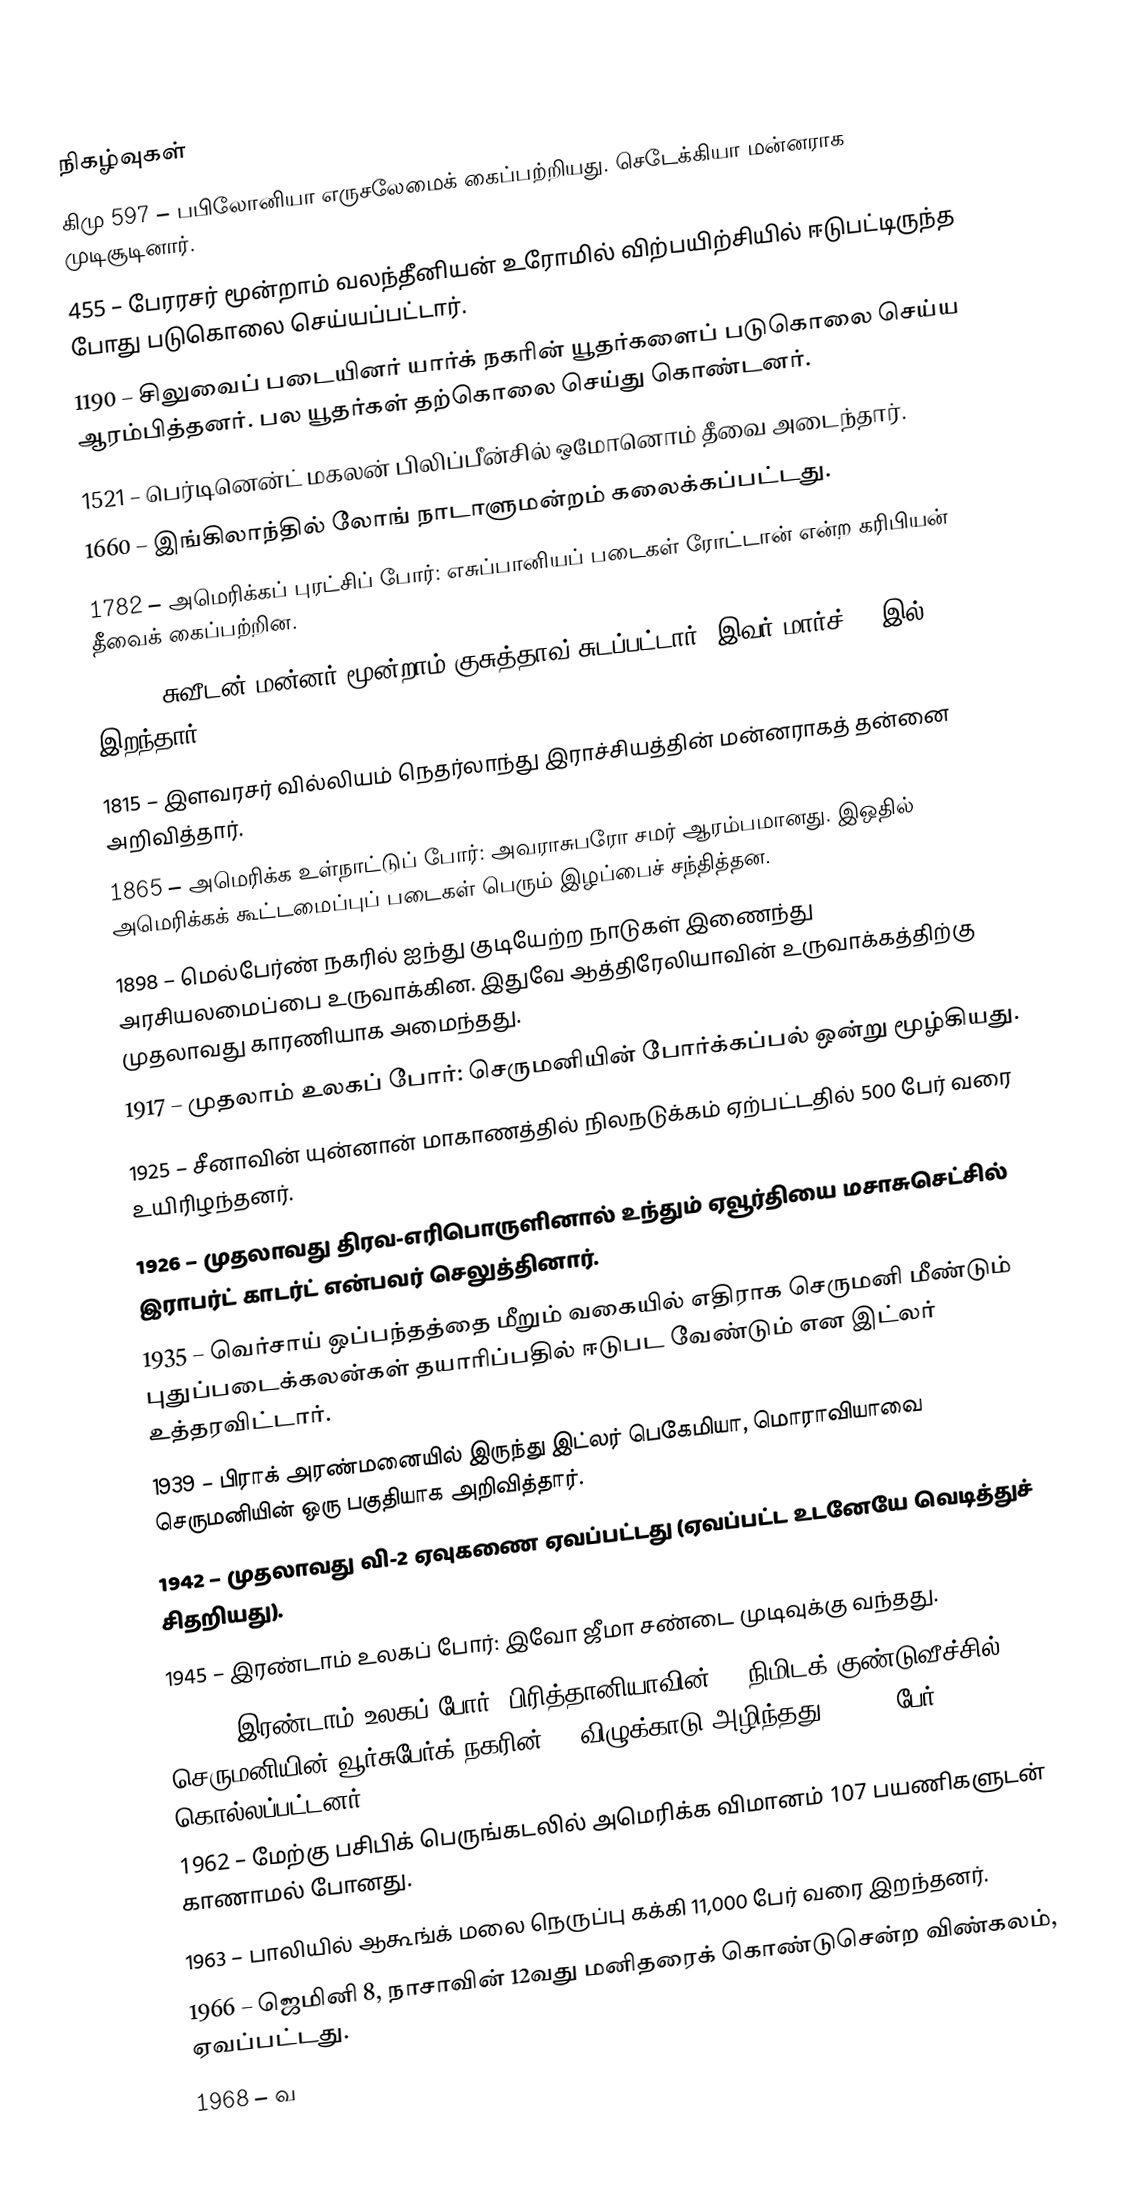

நிகழ்வுகள்
கிமு 597 – பபிலோனியா எருசலேமைக் கைப்பற்றியது. செடேக்கியா மன்னராக முடிசூடினார்.
 455 – பேரரசர் மூன்றாம் வலந்தீனியன் உரோமில் விற்பயிற்சியில் ஈடுபட்டிருந்த போது படுகொலை செய்யப்பட்டார்.
1190 – சிலுவைப் படையினர் யார்க் நகரின் யூதர்களைப் படுகொலை செய்ய ஆரம்பித்தனர். பல யூதர்கள் தற்கொலை செய்து கொண்டனர்.
1521 – பெர்டினென்ட் மகலன்  பிலிப்பீன்சில் ஒமோனொம் தீவை அடைந்தார்.
1660 – இங்கிலாந்தில் லோங் நாடாளுமன்றம் கலைக்கப்பட்டது.
1782 – அமெரிக்கப் புரட்சிப் போர்: எசுப்பானியப் படைகள் ரோட்டான் என்ற கரிபியன் தீவைக் கைப்பற்றின.
1792 – சுவீடன் மன்னர் மூன்றாம் குசுத்தாவ் சுடப்பட்டார். இவர் மார்ச் 29 இல் இறந்தார்.
1815 – இளவரசர் வில்லியம் நெதர்லாந்து இராச்சியத்தின் மன்னராகத் தன்னை அறிவித்தார்.
1865 – அமெரிக்க உள்நாட்டுப் போர்: அவராசுபரோ சமர் ஆரம்பமானது. இஒதில் அமெரிக்கக் கூட்டமைப்புப் படைகள் பெரும் இழப்பைச் சந்தித்தன.
1898 – மெல்பேர்ண் நகரில் ஐந்து குடியேற்ற நாடுகள் இணைந்து அரசியலமைப்பை உருவாக்கின. இதுவே ஆத்திரேலியாவின் உருவாக்கத்திற்கு முதலாவது காரணியாக அமைந்தது.
1917 – முதலாம் உலகப் போர்: செருமனியின் போர்க்கப்பல் ஒன்று மூழ்கியது.
1925 – சீனாவின் யுன்னான் மாகாணத்தில் நிலநடுக்கம் ஏற்பட்டதில் 500 பேர் வரை உயிரிழந்தனர்.
1926 – முதலாவது திரவ-எரிபொருளினால் உந்தும் ஏவூர்தியை மசாசுசெட்சில் இராபர்ட் காடர்ட் என்பவர் செலுத்தினார்.
1935 – வெர்சாய் ஒப்பந்தத்தை மீறும் வகையில் எதிராக செருமனி மீண்டும் புதுப்படைக்கலன்கள் தயாரிப்பதில் ஈடுபட வேண்டும் என இட்லர் உத்தரவிட்டார்.
1939 – பிராக் அரண்மனையில் இருந்து இட்லர் பெகேமியா, மொராவியாவை செருமனியின் ஒரு பகுதியாக அறிவித்தார்.
1942 – முதலாவது வி-2 ஏவுகணை ஏவப்பட்டது (ஏவப்பட்ட உடனேயே வெடித்துச் சிதறியது).
1945 – இரண்டாம் உலகப் போர்: இவோ ஜீமா சண்டை முடிவுக்கு வந்தது.
1945 – இரண்டாம் உலகப் போர்: பிரித்தானியாவின் 20-நிமிடக் குண்டுவீச்சில் செருமனியின் வூர்சுபேர்க் நகரின் 90 விழுக்காடு அழிந்தது. 5,000 பேர் கொல்லப்பட்டனர்.
1962 – மேற்கு பசிபிக் பெருங்கடலில் அமெரிக்க விமானம் 107 பயணிகளுடன் காணாமல் போனது.
1963 – பாலியில் ஆகூங்க் மலை நெருப்பு கக்கி 11,000 பேர் வரை இறந்தனர்.
1966 – ஜெமினி 8, நாசாவின் 12வது மனிதரைக் கொண்டுசென்ற விண்கலம், ஏவப்பட்டது.
1968 – வ